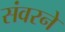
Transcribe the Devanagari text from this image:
संवरने